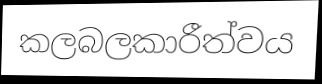
කලබලකාරීත්වය